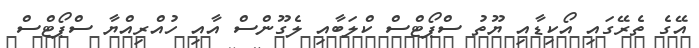
އޭގެ ތެރޭގައި އޯކިޑާއި ޔޫތު ސްޕޯޓްސް ކްލަބާއި ލެގޫންސް އާއި ހުއްރިއްޔާ ސްޕޯޓްސް